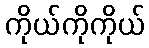
ကိုယ်ကိုကိုယ်